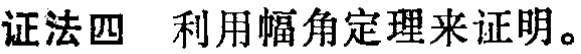
证法四 利用幅角定理来证明。